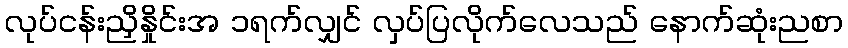
လုပ်ငန်းညှိနှိုင်းအ ၁ရက်လျှင် လှပ်ပြလိုက်လေသည် နောက်ဆုံးညစာ